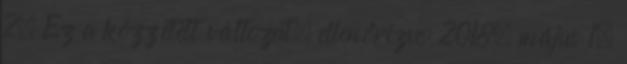
2. Ez a közzétett változat, ellenőrizve: 2018. május 1.